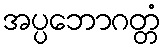
အပ္ပဘောဂတ္တံ